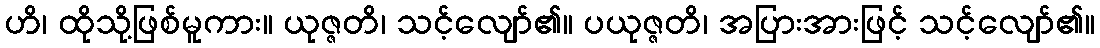
ဟိ၊ ထိုသို့ဖြစ်မူကား။ ယုဇ္ဇတိ၊ သင့်လျော်၏။ ပယုဇ္ဇတိ၊ အပြားအားဖြင့် သင့်လျော်၏။